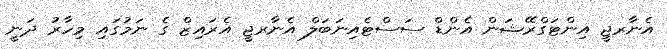
އެނާރޖީ އިންޓަގްރޭޝަން އެންޑް ސަސްޓެއިނަބަލް އެނާރޖީ އެރައިޒް ގެ ނަމުގައި މިހާރު ދަނީ